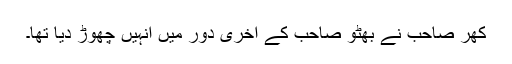
کھر صاحب نے بھٹو صاحب کے آخری دَور میں اُنہیں چھوڑ دِیا تھا۔